Calcutta medical institutions reports 1871-78
Year: 1871
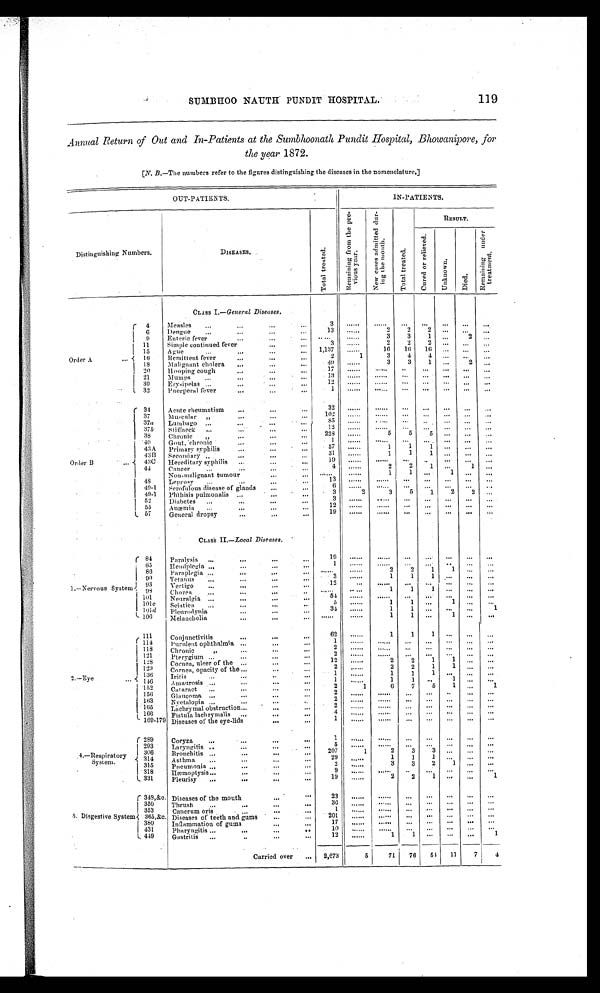
SUMBHOO NAUTH PUNDIT HOSPITAL.
119
Annual Return of Out and In-Patients at the Sumbhoonath Pundit Hospital, Bhowanipore, for
the year 1872.
[N. B.—The numbers refer to the figures distinguishing the diseases in the nomenclature.]
OUT-PATIENTS.
IN-PATIENTS.
Distinguishing Numbers.
DISEASES.
T o t a l t r e a t e d .
R e m a i n i n g f r o m t h e p r e v i o u s y e a r .
N e w c a s e s a d m i t t e d d u r -
i n g t h e mo n t h .
T o t a l t r e a t e d .
RESULT.
C u r e d o r r e l i e v e d .
Un k n o wn . Died.
R e m a i n i n g u n d e r t r e a t m e n t .
CLASS I.— General Diseases.
Order A
4
Measles
3
. . . . . .
. . . . . . . . .
. . .
. . .
. . .
. . .
6
Dengue
13 .......
2 2
2
. . .
. . .
. . .
9
Enteric fever
. . . . . . ......
3
3
1
. . . 2
. . .
11
Simple continued fever
3 ......
2 2
2
. . .
. . .
. . .
15
Ague
1,137 ......
16 16 16 ...
. . . ...
16
Remittent fever
2
1
3
4
4
. . .
. . .
. . .
18
Malignant cholera
4 9 ......
3
3
1 ...
2
. . .
20
Hooping cough
1 7
. . . . . .
. . . . . . . . .
. . . ...
. . .
. . .
21
Mumps
13
. . . . . .
. . . . . . . . .
. . .
. . .
. . .
. . .
30
Erysipelas
1 2
. . . . . .
. . . . . . . . .
. . . . . .
. . . . . .
32
Puerperal fever
1
. . . . . .
. . . . . .
. . .
. . .
. . .
. . .
. . .
Order B
34
Acute rheumatism
32
. . . . . .
. . . . . . . . .
. . .
. . .
. . .
. . .
37
Muscular
1 0 2
. . . . . .
. . . . . .
. . .
. . .
. . .
. . .
. . .
37a Lumbago
8 5
. . . . . .
. . . . . .
. . .
. . . . . .
. . .
. . .
37b Stiffneck
1 2
. . . . . .
. . . . . .
. . . . . . ... ...
. . .
38
Chronic
2 2 8
. . . . . .
5
5
5
. . .
. . .
. . .
40
Gout, chronic
1 ......
. . . . . .
. . .
. . . . . .
. . .
. . .
43A Primary syphilis
57 ......
1
1
1
. . .
. . .
. . .
43B Secondary ,,
31 ......
1
1
1
. . .
. . .
. . .
43C Hereditary syphilis
19
. . . . . .
. . . . . .
. . .
. . . . . .
. . .
. . .
44
Cancer
4 ......
2
2
1 ...
1
. . .
Non-malignant tumour
. . . . . .
. . . . . .
1
1
. . .
1 ... ...
48
Leprosy
13
. . . . . .
. . . . . . . . .
. . .
. . .
. . .
. . .
49-1 Scrofulous disease of glands
6
. . . . . .
. . . . . .
. . .
. . .
. . .
. . .
. . .
49-1 Phthisis pulmonalis
3
2
3
5
1
2
2
. . .
52
Diabetes
3
. . . . . .
. . . . . .
. . .
. . .
. . .
. . .
. . .
55
Anæmia
1 2
. . . . . .
. . . . . .
. . .
. . .
. . .
. . .
. . .
57
General dropsy
19 ......
...... ... ...
... ... ...
.
CLASS II.—Local Diseases.
1.—Nervous System
84
Paralysis
19 ......
......
. . .
. . .
. . .
. . .
. . .
85
Hemiplegia
1
. . . . . .
. . . . . .
. . .
. . .
. . .
. . .
. . .
8 6 Paraplegia
. . . . . .
. . . . . .
2
2
1
1 ...
...
90
Tetanus
3 ......
1
1
1 ... ...
...
93
Vertigo
12
...
......
...
. . . ...
...
...
98
Chorea
......
. . . . . .
1
1
1
. . .
. . .
. . .
101
Neuralgia
54
. . . . . .
. . . . . . ...
. . . ... ...
...
101 c Sciatica
5 ......
1
1 ...
1 ...
. . .
1 0 1
d Pleurodynia
34 ......
1
1
. . .
. . .
. . .
1
106
M Melancholia
. . . . . .
. . . . . .
1
1
. . . 1
. . .
. . .
2 — E y e
111
Conjunctivitis
62
. . . . . .
1
1
1
. . .
. . .
. . .
114
Purulent ophthalmia
1
. . . . . .
. . . . . .
. . . . . .
. . .
. . .
. . .
118
Chronic
2
. . . . . .
. . . . . .
. . . . . .
. . .
. . .
. . .
121
Pterygium
2
. . . . . .
. . . . . .
. . .
. . .
. . .
. . .
. . .
128
Cornea, ulcer of the
12 ......
2
2
1
1
. . . ...
129
Cornea, opacity of the
2 ......
2
2
1
1
. . .
. . .
136
I r i t i s
1 ......
1
1
1
. . .
. . .
. . .
146
Amaurosis
1
. . . . . .
1
1 ...
1 ... ...
152
Cataract
2
1
6
7
5 1
. . .
1
1 5 6 Glancoma
2
. . . . . .
. . . . . . ... ...
. . . ...
. . .
163
Nyctalopia
2
. . . . . .
. . . . . .
. . .
. . .
. . .
. . .
. . .
165
Lachrymal obstruction
2
. . . . . .
. . . . . .
. . . . . .
. . .
. . .
. . .
166
Fistula lachrymalis
4
. . . . . .
. . . . . .
. . . . . .
. . .
. . .
. . .
169-179 Diseases of the eye-lids
1
. . . . . .
. . . . . .
. . .
. . .
. . .
. . .
. . .
4.—Respiratory
S
y s t e m .
289
Coryza
1
. . . . . .
. . . . . . ... ...
. . . ...
. . .
293
Laryngitis
5
. . .
. . .
. . . . . .
. . .
. . .
. . .
306
Bronchitis
207
1
2
3
3
. . .
. . .
. . .
314
Asthma
29 ......
1
1
1
. . .
. . .
. . .
315
Pneumonia
2 ......
3
3
2
1
. . .
. . .
318
Hæmoptysis
9 ...... ......
. . .
. . .
. . .
. . .
. . .
3 3 1
P l e u r i s y
19
. . . . . .
2
2
1
. . .
. . . 1
5. Disgestive System
348,&c. Diseases of the mouth
23
. . . . . .
. . . . . . . . .
. . .
. . .
. . .
. . .
350
Thrush
36
. . . . . .
. . . . . . ...
. . .
. . .
. . .
. . .
353
Cancrum oris
1
. . . . . .
. . . . . . ...
. . .
. . .
. . .
. . .
365,&c. Diseases of teeth and gums
201
. . . . . . ......
. . .
. . . ... ... ...
380
Inflammation of gums
17
. . . . . .
. . . . . .
. . . ...
. . .
. . . . . .
431
Pharyngitis
10
. . . . . .
. . . . . .
. . . ...
. . .
. . .
. . .
449
Gastritis
12 ......
1
1 ... ... ...
1
Carried over
2,673
5
71 76 51 11
7
4